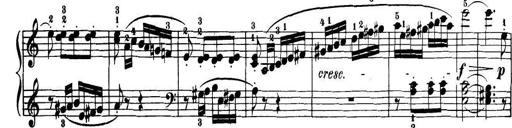
Title: 32 Sonatinas and Rondos for the Piano
Composer: Richard Kleinmichel